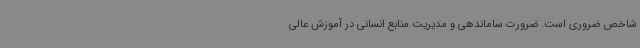
شاخص ضروری است. ضرورت ساماندهی و مدیریت منابع انسانی در آموزش عالی